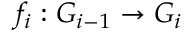
f _ { i } : G _ { i - 1 } \to G _ { i }